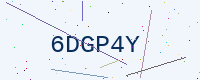
Text: 6DGP4Y